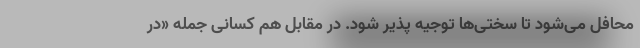
محافل می‌شود تا سختی‌ها توجیه پذیر شود. در مقابل هم کسانی جمله «در